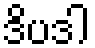
ဒိပဒါ